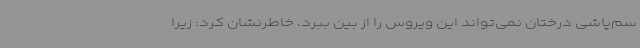
سم‌پاشی درختان نمی‌تواند این ویروس را از بین ببرد، خاطرنشان کرد: زیرا